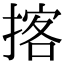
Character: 揢